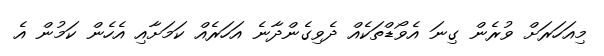
މިއަހަރަށް ވުރެން ގިނަ އެވޯޑްތަކެއް ދެވިގެންދާނެ އަހަރެއް ކަމަށާއި އެހެން ކަމުން އެ